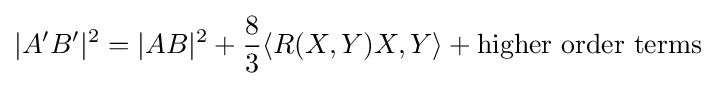
|A'B'|^{2}=|AB|^{2}+{\frac {8}{3}}\langle R(X,Y)X,Y\rangle +{\text{higher order terms}}